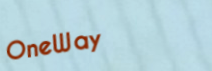
OneWay